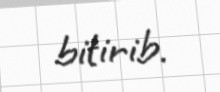
bitirib.